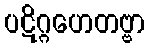
ပဋိဂ္ဂဟေတဗ္ဗာ